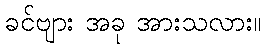
ခင်ဗျား အခု အားသလား။